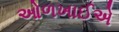
ઓળખાઈએ